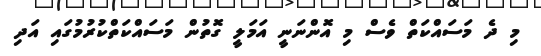
މި ދެ މަސައްކަތް ވެސް މި އޮންނަނީ އަމަލީ ގޮތުން މަސައްކަތްކުރުމުގައި އަދި